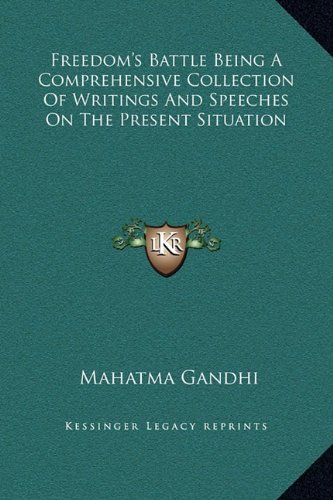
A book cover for Freedom's Battle Being A Comprehensive Collection Of Writings And Speeches On The Present Situation; Mahatma Gandhi; Literature & Fiction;